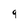
Character: 9